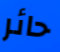
حائر